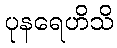
ပုနရေဟိသိ